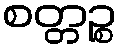
စတ္တဉ္စ